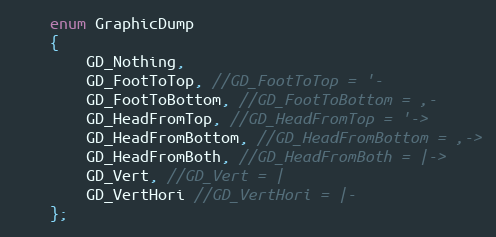
Language: C
    enum GraphicDump
    {
        GD_Nothing,
        GD_FootToTop, //GD_FootToTop = '-
        GD_FootToBottom, //GD_FootToBottom = ,-
        GD_HeadFromTop, //GD_HeadFromTop = '->
        GD_HeadFromBottom, //GD_HeadFromBottom = ,->
        GD_HeadFromBoth, //GD_HeadFromBoth = |->
        GD_Vert, //GD_Vert = |
        GD_VertHori //GD_VertHori = |-
    };